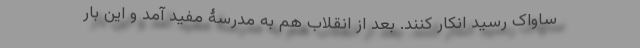
ساواک رسید انکار کنند. بعد از انقلاب هم به مدرسۀ مفید آمد و این بار